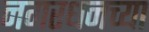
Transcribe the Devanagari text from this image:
नगरधनच्या